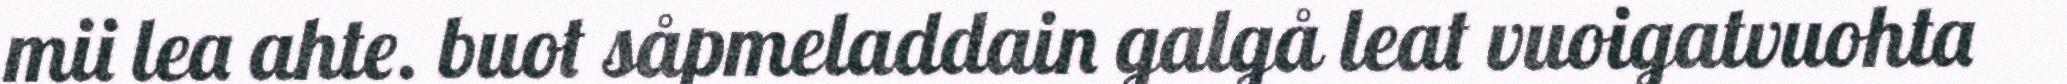
mii lea ahte. buot såpmeladdain galgå leat vuoigatvuohta